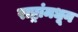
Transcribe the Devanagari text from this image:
राष्ट्रांमधून